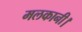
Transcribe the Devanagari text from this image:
मलकानी।